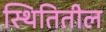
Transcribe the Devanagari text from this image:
स्थितितील